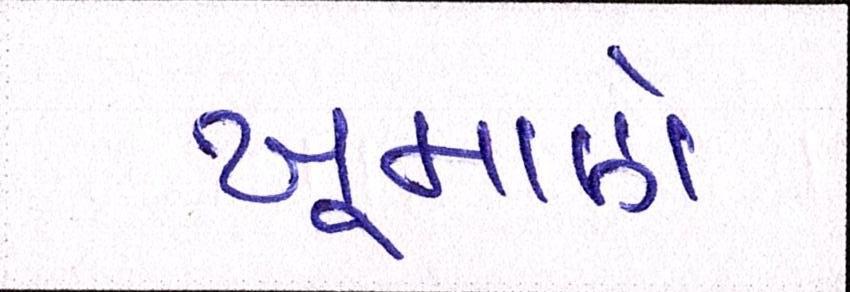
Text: ખૂમાણે